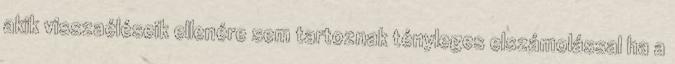
akik visszaéléseik ellenére sem tartoznak tényleges elszámolással ha a